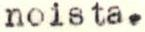
noista.